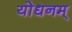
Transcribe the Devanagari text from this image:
योधनम्